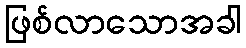
ဖြစ်လာသောအခါ